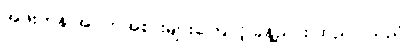
အဖိုးတန် အဝတ်အစားများကြောင့် ခန့်ညား ထည်ဝါသည်။